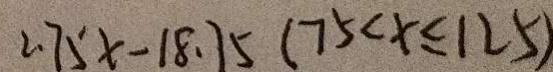
2 . 7 5 x - 1 8 . 7 5 ( 7 5 < x \leq 1 2 5 )